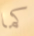
كما